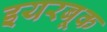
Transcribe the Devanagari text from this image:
इयरबूक